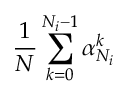
{ \frac { 1 } { N } } \sum _ { k = 0 } ^ { N _ { i } - 1 } \alpha _ { N _ { i } } ^ { k }